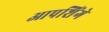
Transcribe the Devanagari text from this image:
आपशिंगे